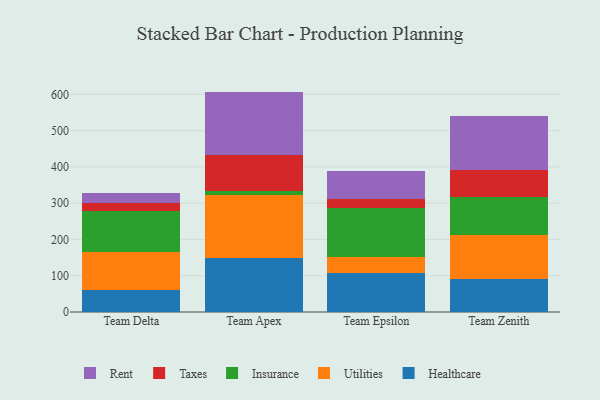
{"axis": {"x": "Team", "y": "Latency (ms)"}, "legend": ["Healthcare", "Insurance", "Rent", "Taxes", "Utilities"], "data": [{"x": "Team Delta", "y": 61.1, "type": "Healthcare"}, {"x": "Team Delta", "y": 104.3, "type": "Utilities"}, {"x": "Team Delta", "y": 112.0, "type": "Insurance"}, {"x": "Team Delta", "y": 22.1, "type": "Taxes"}, {"x": "Team Delta", "y": 27.7, "type": "Rent"}, {"x": "Team Apex", "y": 147.8, "type": "Healthcare"}, {"x": "Team Apex", "y": 174.8, "type": "Utilities"}, {"x": "Team Apex", "y": 9.7, "type": "Insurance"}, {"x": "Team Apex", "y": 100.5, "type": "Taxes"}, {"x": "Team Apex", "y": 174.7, "type": "Rent"}, {"x": "Team Epsilon", "y": 108.5, "type": "Healthcare"}, {"x": "Team Epsilon", "y": 41.8, "type": "Utilities"}, {"x": "Team Epsilon", "y": 135.2, "type": "Insurance"}, {"x": "Team Epsilon", "y": 26.7, "type": "Taxes"}, {"x": "Team Epsilon", "y": 76.8, "type": "Rent"}, {"x": "Team Zenith", "y": 90.5, "type": "Healthcare"}, {"x": "Team Zenith", "y": 121.2, "type": "Utilities"}, {"x": "Team Zenith", "y": 106.2, "type": "Insurance"}, {"x": "Team Zenith", "y": 74.3, "type": "Taxes"}, {"x": "Team Zenith", "y": 147.1, "type": "Rent"}]}